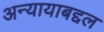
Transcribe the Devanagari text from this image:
अन्यायाबद्दल